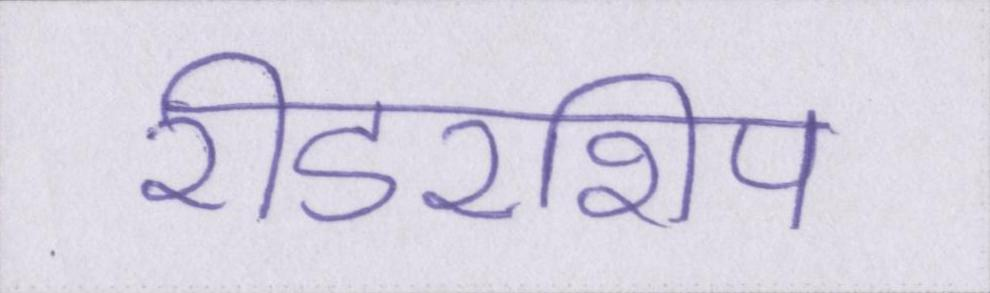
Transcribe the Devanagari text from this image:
रीडरशिप